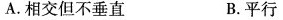
A.相交但不垂直 B.平行